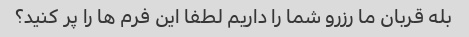
بله قربان ما رزرو شما را داریم لطفا این فرم ها را پر کنید؟